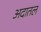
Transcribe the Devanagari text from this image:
अदातल